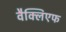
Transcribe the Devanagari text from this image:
वैक्लिएफ